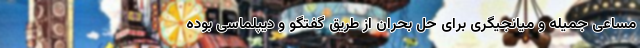
مساعی جمیله و میانجیگری برای حل بحران از طریق گفتگو و دیپلماسی بوده